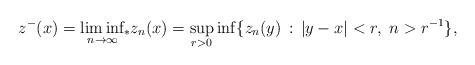
LaTeX: \begin{align*}z^-(x)=\liminf_{n\to\infty}{\kern-3pt}_* z_n(x)=\sup_{r>0}\inf\{z_n(y)\,:\,|y-x|<r,\ n>r^{-1}\}, \end{align*}